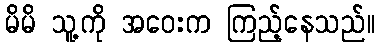
မိမိ သူ့ကို အဝေးက ကြည့်နေသည်။